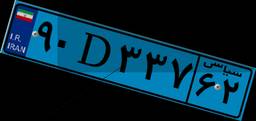
۶۶D۶۴۹۷۳